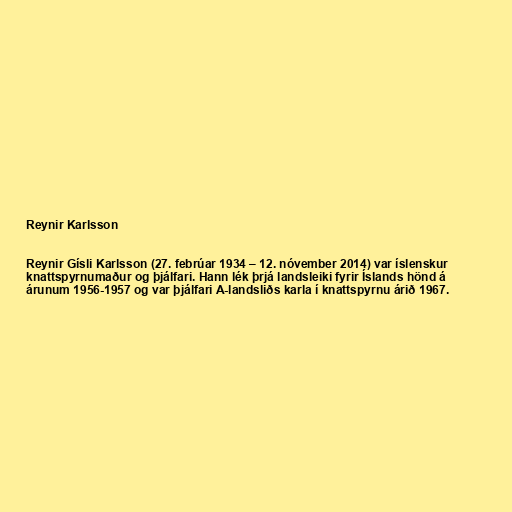
Reynir Karlsson

Reynir Gísli Karlsson (27. febrúar 1934 – 12. nóvember 2014) var íslenskur
knattspyrnumaður og þjálfari. Hann lék þrjá landsleiki fyrir Íslands hönd á
árunum 1956-1957 og var þjálfari A-landsliðs karla í knattspyrnu árið 1967.